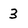
Character: 3